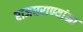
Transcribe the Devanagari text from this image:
राजघराण्यांना